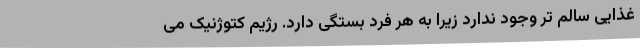
غذایی سالم تر وجود ندارد زیرا به هر فرد بستگی دارد. رژیم کتوژنیک می